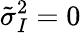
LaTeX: \tilde{\sigma}_{I}^{2}=0